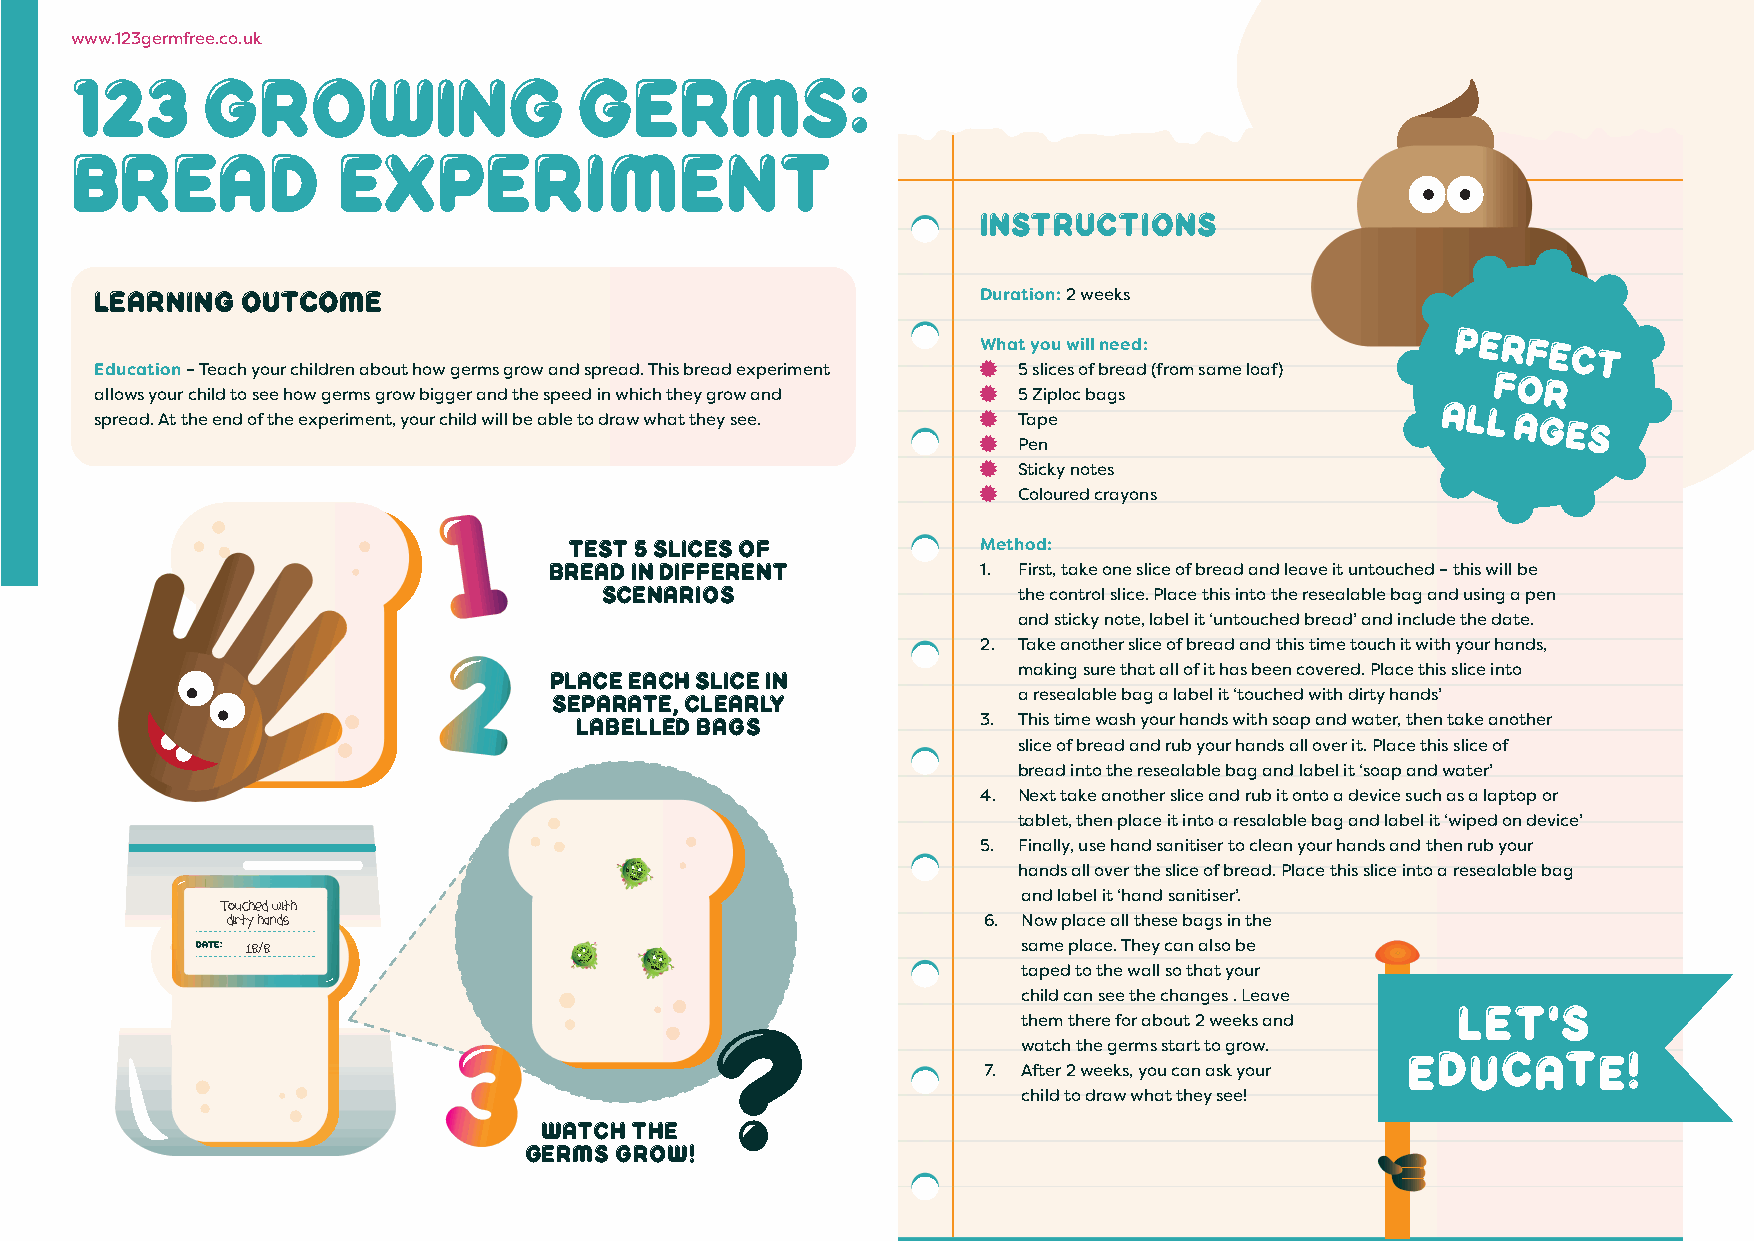
www.123germfree.co.uk
 123     growing                  Germs:
 bread            experiment
 Instructions
 Learning  outcome                                          Duration: 2 weeks
 What you will need:
 Perfect
 Education – Teach your children about how germs grow and spread. This bread experiment  5 slices of bread (from same loaf) for
 a spll ro ew as
 d
 y
 .
 o Au
 t
 r
 t
 c hh ei l ed
 n
 t do
 o
 s fe te
 h
 h eo ew
 x
 pg ee rr im ms
 e
 ng tr ,o yw
 o
 ub rig cg he ilr
 d
 a wn id
 ll
 t bh ee
 a
 s bp le ee td
 o
 i dn
 r
 w awhi c wh
 h
 t ah te ty
 h
 g eyro sw
 e
 ea .nd          
 
 5
 Ta
 Z pip eloc bags            All
 ages
  Pen
  Sticky notes
  Coloured crayons
 test 5 slices of           Method:
 bread in different
 1. First, take one slice of bread and leave it untouched – this will be
 scenarios
 the control slice. Place this into the resealable bag and using a pen
 and sticky note, label it ‘untouched bread’ and include the date.
 2. Take another slice of bread and this time touch it with your hands,
 PLACE each slice IN            making sure that all of it has been covered. Place this slice into
 separate, clearly             a resealable bag a label it ‘touched with dirty hands’
 labelled BAGs              3. This time wash your hands with soap and water, then take another
 slice of bread and rub your hands all over it. Place this slice of
 bread into the resealable bag and label it ‘soap and water’
 4. Next take another slice and rub it onto a device such as a laptop or
 tablet, then place it into a resalable bag and label it ‘wiped on device’
 5. Finally, use hand sanitiser to clean your hands and then rub your
 hands all over the slice of bread. Place this slice into a resealable bag
 and label it ‘hand sanitiser’.
 Touched with
 dirty hands                                       6. Now place all these bags in the
 Date: 18/8                                             same place. They can also be
 taped to the wall so that your
 child can see the changes . Leave
 them there for about 2 weeks and
 watch the germs start to grow.
 7. After 2 weeks, you can ask your
 child to draw what they see!
 WATCH THE
 GERMS GROW!
 13